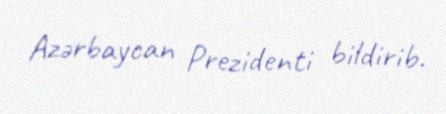
Azərbaycan Prezidenti bildirib.